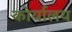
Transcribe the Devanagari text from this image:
कोर्यालय